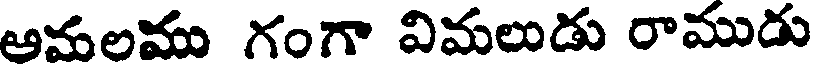
అమలము గంగా విమలుడు రాముడు